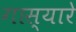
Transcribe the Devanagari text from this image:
गास्यारे